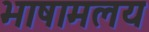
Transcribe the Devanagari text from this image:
भाषामलय